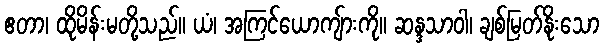
ဧတာ၊ ထိုမိန်းမတို့သည်။ ယံ၊ အကြင်ယောကျ်ားကို။ ဆန္ဒသာဝါ၊ ချစ်မြတ်နိုးသော